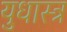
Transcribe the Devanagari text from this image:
युधास्त्र